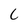
Character: 6